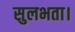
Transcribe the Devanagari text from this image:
सुलभता।